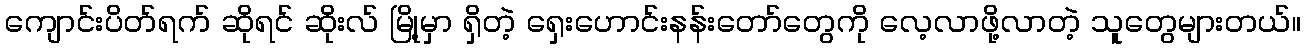
ကျောင်းပိတ်ရက် ဆိုရင် ဆိုးလ် မြို့မှာ ရှိတဲ့ ရှေးဟောင်းနန်းတော်တွေကို လေ့လာဖို့လာတဲ့ သူတွေများတယ်။